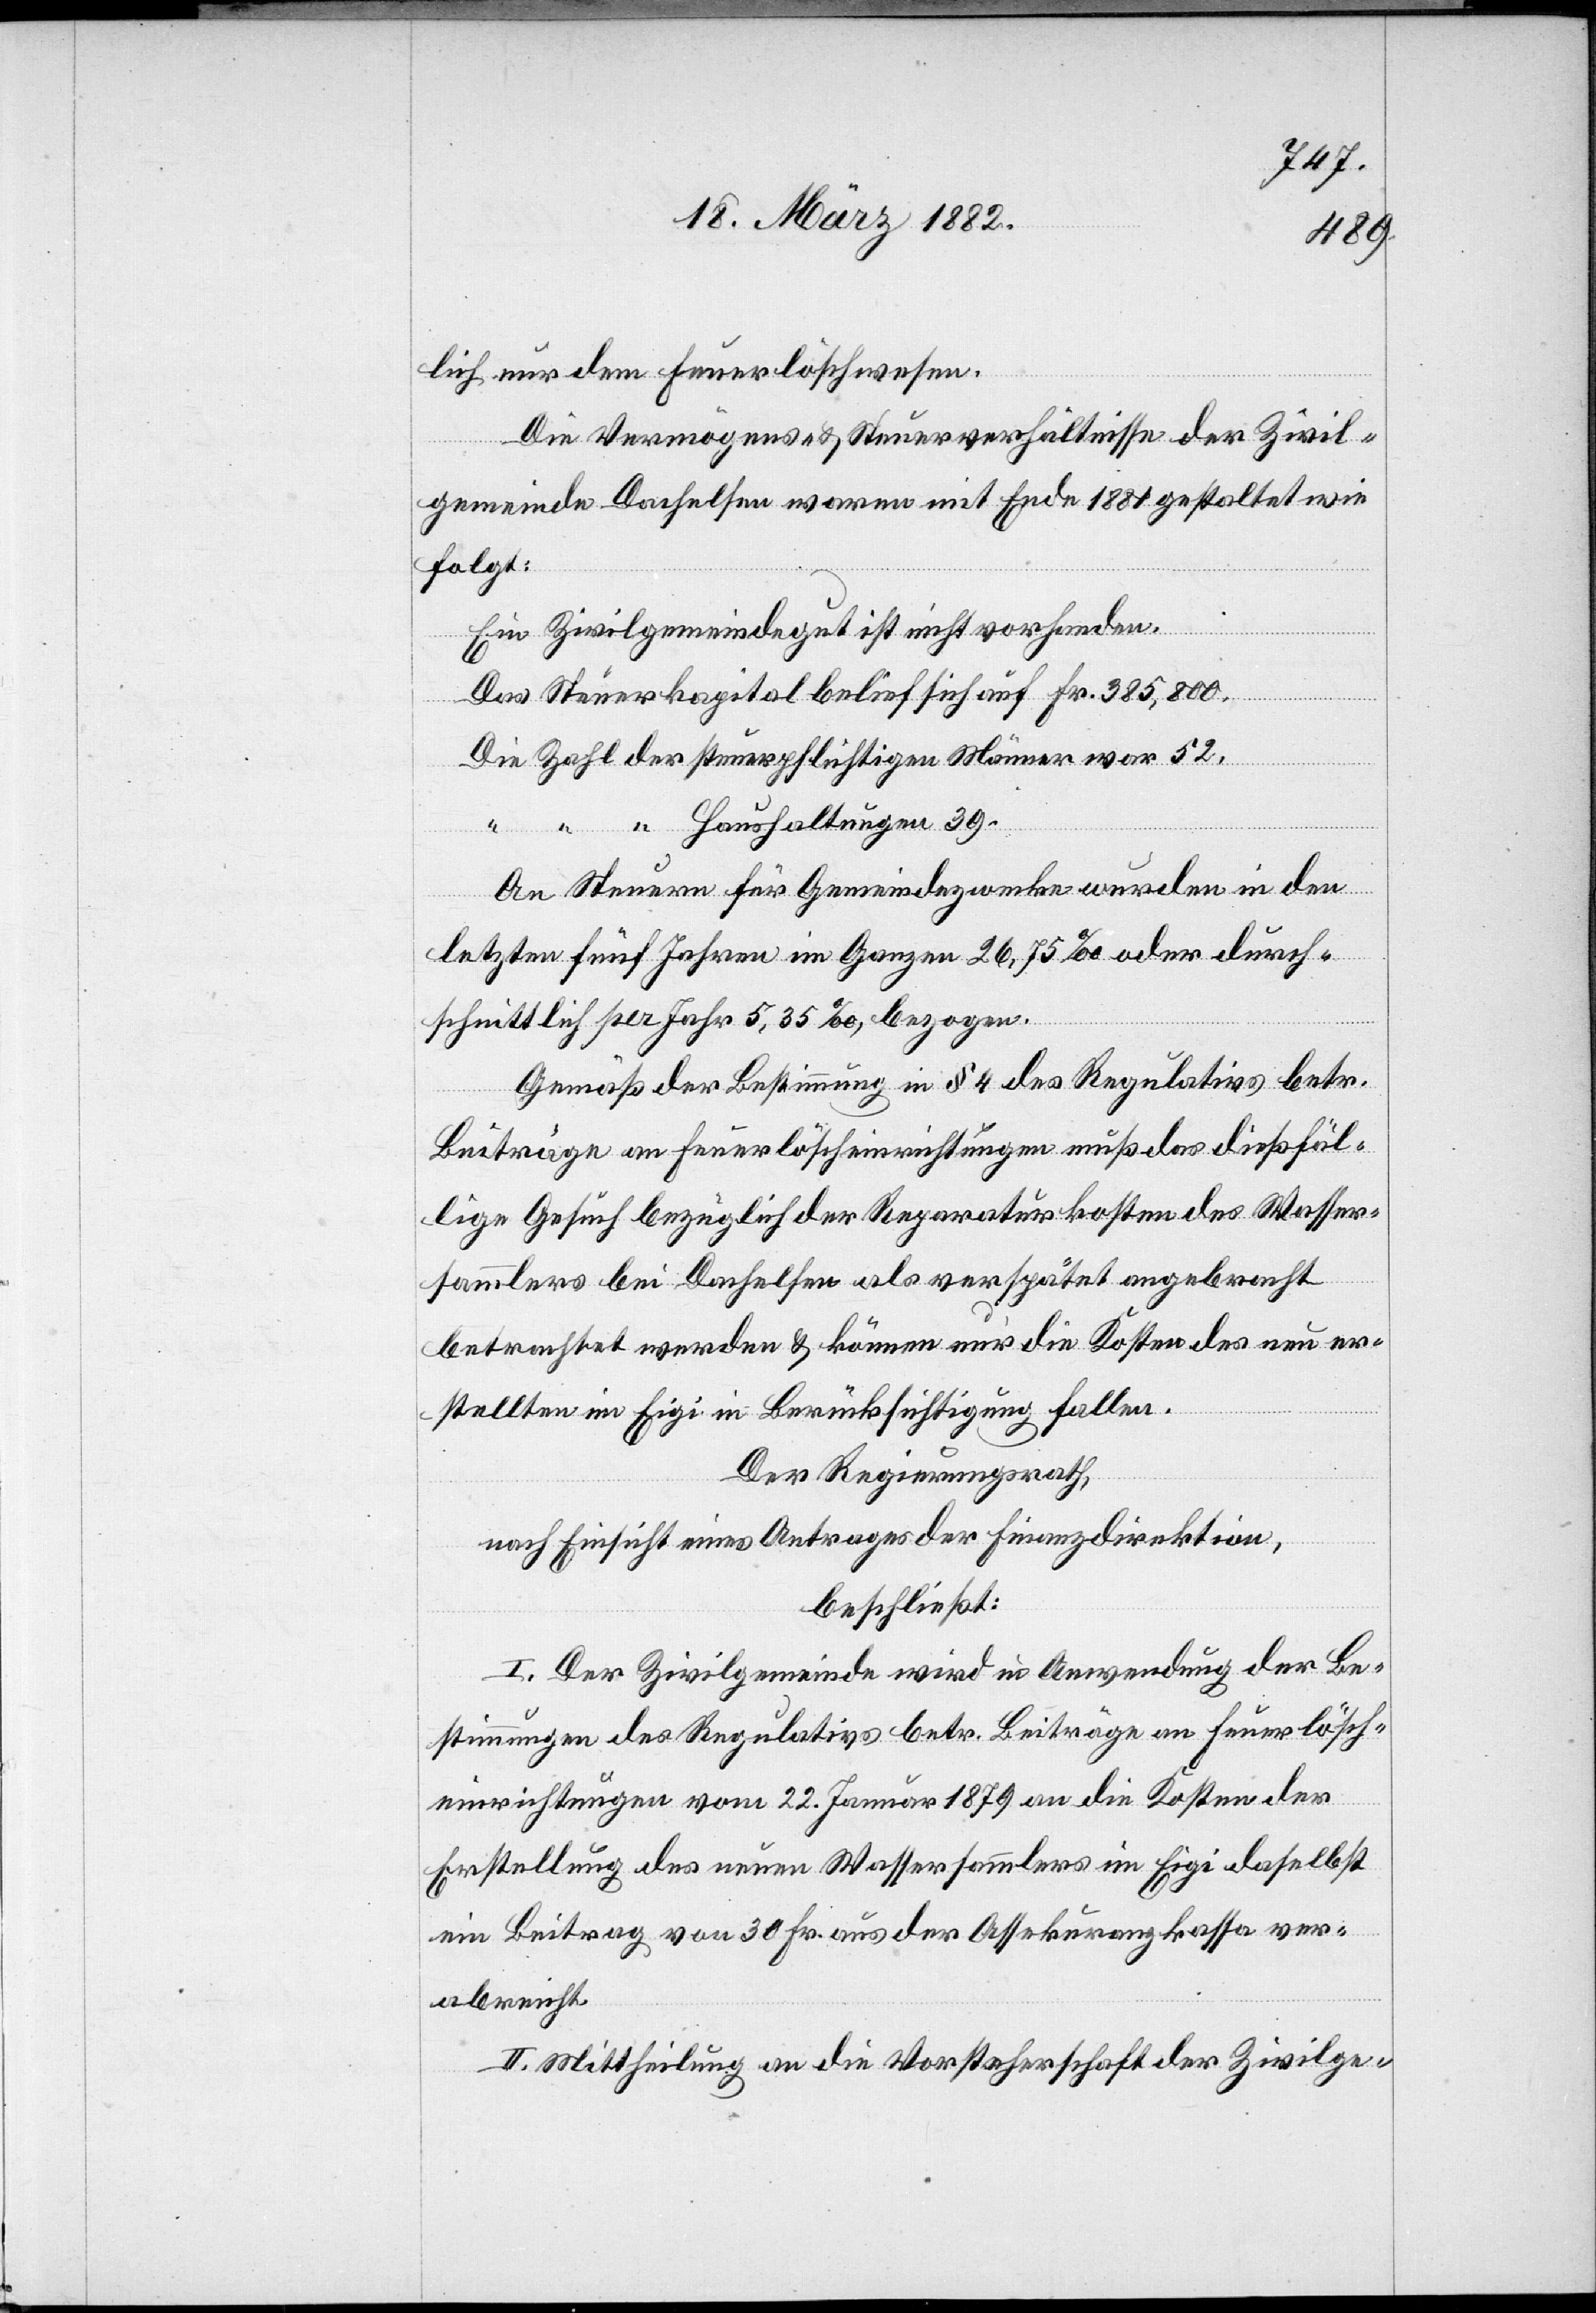
lich nur dem Feuerlöschwesen.
Die Vermögens- & Steuerverhältnisse der Zivil¬
gemeinde Dachelsen waren mit Ende 1881 gestaltet wie
folgt:
Ein Zivilgemeindegut ist nicht vorhanden.
Das Steuerkapital belief sich auf Fr. 385,800.
Die Zahl der steuerpflichtigen Männer war 52.
“ “ “ Haushaltungen 39.
An Steuern für Gemeindezwecke wurden in den
letzten fünf Jahren im Ganzen 26,75‰ oder durch¬
schnittlich per Jahr 5,35‰, bezogen.
Gemäß der Bestimmung in § 4 des Regulatives betr.
Beiträge Feuerlöscheinrichtungen muß das dießfäl¬
lige Gesuch bezüglich der Reparaturkosten des Wasser¬
sammlers bei Dachelsen als verspätet angebracht
betrachtet werden & können nur die Kosten des neu er¬
stellten im Eigi in Berücksichtigung fallen.
Der Regierungsrath,
nach Einsicht eines Antrages der Finanzdirektion,
beschließt:
I. Der Zivilgemeinde wird in Anwendung der Be¬
stimmungen des Regulatives betr. Beiträge an Feuerlösch¬
einrichtungen vom 2. Januar 1879 an die Kosten der
Erstellung des neuen Wassersammlers im Eigi daselbst
ein Beitrag von 30 Fr. aus der Assekuranzkasse ver¬
abreicht.
II. Mittheilung an die Vorsteherschaft der Zivilge-